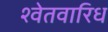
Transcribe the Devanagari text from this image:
श्वेतवारिध